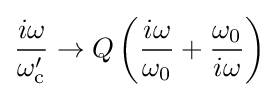
{\frac {i\omega }{\omega _{\text{c}}'}}\to Q\left({\frac {i\omega }{\omega _{0}}}+{\frac {\omega _{0}}{i\omega }}\right)